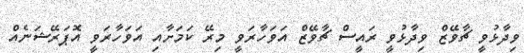
ވިދާޅުވީ ޗާވޭޒް ވިދާޅުވީ ރައީސް ޗާވޭޒް އަވަހާރަވީ މިރޭ ކަމަށާއި އަވަހާރަވީ އޮޕަރޭޝަނެއް